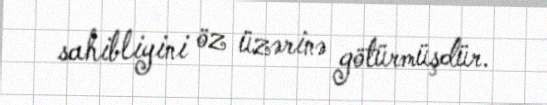
sahibliyini öz üzərinə götürmüşdür.